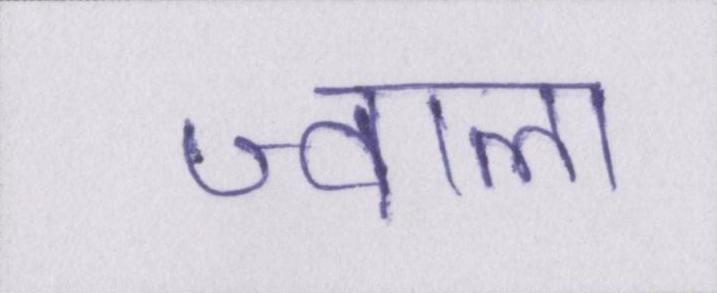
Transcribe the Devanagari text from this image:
ज्वाला